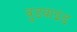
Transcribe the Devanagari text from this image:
वुडवाइंड